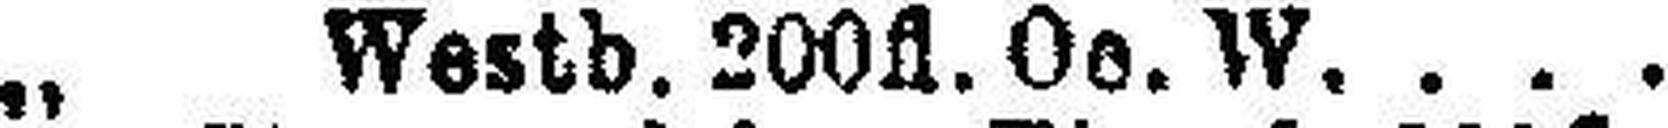
„ Westb. 200fl. Oe. W.